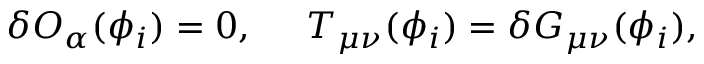
\delta { \cal O } _ { \alpha } ( \phi _ { i } ) = 0 , \; \; \; \; \; T _ { \mu \nu } ( \phi _ { i } ) = \delta G _ { \mu \nu } ( \phi _ { i } ) ,